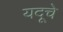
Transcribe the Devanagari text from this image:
यदूचे